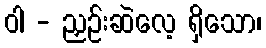
ဝါ - ညှဉ်းဆဲလေ့ ရှိသော၊